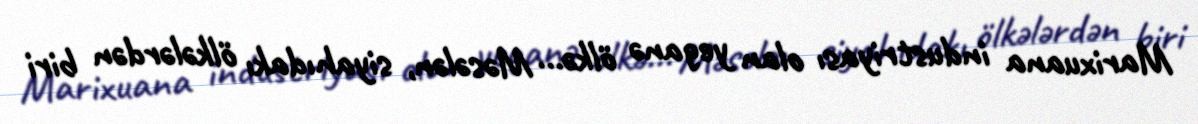
Marixuana industriyası olan yeganə ölkə... Məsələn, siyahıdakı ölkələrdən biri